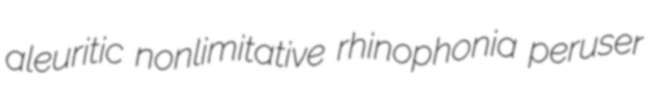
aleuritic nonlimitative rhinophonia peruser